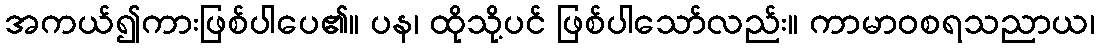
အကယ်၍ကားဖြစ်ပါပေ၏။ ပန၊ ထိုသို့ပင် ဖြစ်ပါသော်လည်း။ ကာမာဝစရသညာယ၊